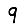
Digit: 9